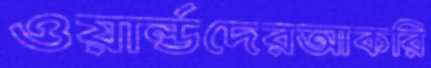
ওয়ার্ল্ডদেরআকরি